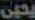
يحيى